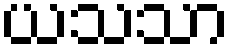
ယသသာ